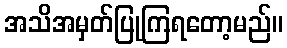
အသိအမှတ်ပြုကြရတော့မည်။